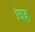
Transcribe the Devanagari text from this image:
।वह